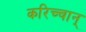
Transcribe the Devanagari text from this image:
करिच्चान्‌